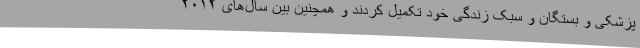
پزشکی و بستگان و سبک زندگی خود تکمیل کردند و همچنین بین سال‌های ۲۰۱۲